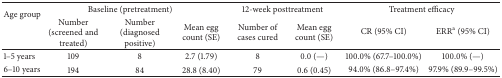
<table><thead><tr><td rowspan="2"><b>Age group</b></td><td colspan="3"><b>Baseline (pretreatment)</b></td><td colspan="2"><b>12-week posttreatment</b></td><td colspan="2"><b>Treatment efficacy</b></td></tr><tr><td><b>Number (screened and treated)</b></td><td><b>Number (diagnosed positive)</b></td><td><b>Mean egg count (SE)</b></td><td><b>Number of cases cured</b></td><td><b>Mean egg count (SE)</b></td><td><b>CR (95% CI)</b></td><td><b>ERR<sup>a</sup> (95% CI)</b></td></tr></thead><tbody><tr><td>1–5 years</td><td>109</td><td>8</td><td>2.7 (1.79)</td><td>8</td><td>0.0 (—)</td><td>100.0% (67.7–100.0%)</td><td>100.0% (—)</td></tr><tr><td>6–10 years</td><td>194</td><td>84</td><td>28.8 (8.40)</td><td>79</td><td>0.6 (0.45)</td><td>94.0% (86.8–97.4%)</td><td>97.9% (89.9–99.5%)</td></tr></tbody></table>